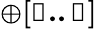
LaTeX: \mathbb{\oplus[0..j]}